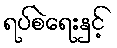
ရပ်စဲရေးနှင့်